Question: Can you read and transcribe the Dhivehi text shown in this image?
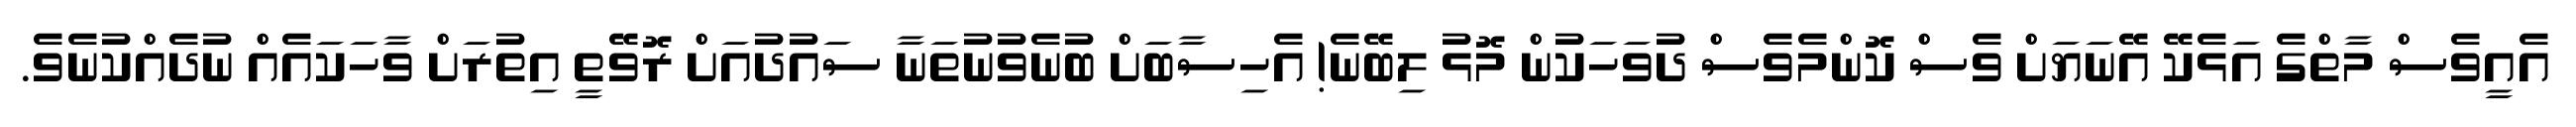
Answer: އެއީވެސް މާތްގެ އަޅެކޭ އޭނަޔަށް ވެސް ކޮންމެވެސް ދުވަހަކުން މޮޅު ލިބޭނެ! އެހިސާބަށް ބުނެވުނުތަނާ ސައުދުއަށް ރޮވޭތީ އިތުރަށް ވާހަކައެއް ނުދެއްކުނެވެ.